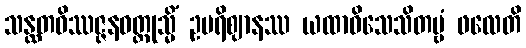
သန္ထတဝိဿဇ္ဇနဝတ္ထုသ္မိံ ဥပရိဈာနဿ ယထာဝိသေသိတဗ္ဗံ ဖလေတိ